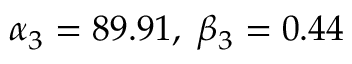
\alpha _ { 3 } = 8 9 . 9 1 , \; \beta _ { 3 } = 0 . 4 4